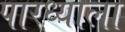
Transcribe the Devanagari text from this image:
पारध्याला